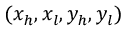
( x _ { h } , x _ { l } , y _ { h } , y _ { l } )